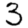
Digit: 3